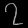
Digit: ၇